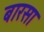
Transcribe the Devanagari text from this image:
बारसा